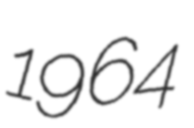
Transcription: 1964